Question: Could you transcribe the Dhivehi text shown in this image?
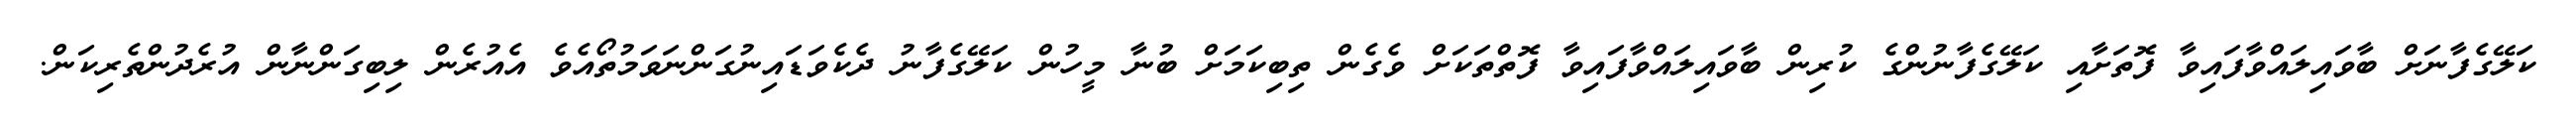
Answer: ކަލޭގެފާނަށް ބާވައިލައްވާފައިވާ ފޮތަށާއި ކަލޭގެފާނުންގެ ކުރިން ބާވައިލައްވާފައިވާ ފޮތްތަކަށް ވެގެން ތިބިކަމަށް ބުނާ މީހުން ކަލޭގެފާނު ދެކެވަޑައިނުގަންނަވަމުތޯއެވެ އެއުރެން ލިބިގަންނާން އުރެދުންތެރިކަން.